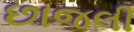
છાજલી